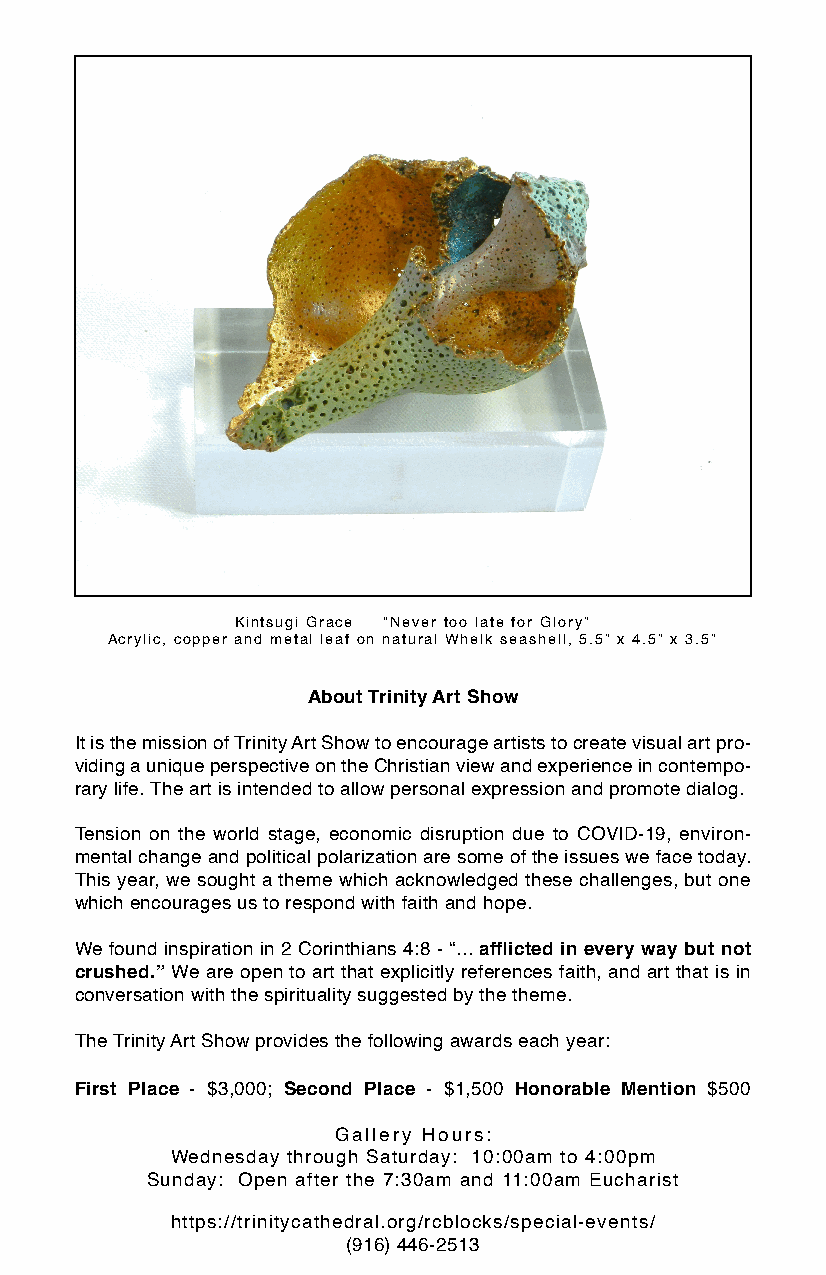
Kintsugi Grace “Never too late for Glory”
 Acrylic, copper and metal leaf on natural Whelk seashell, 5.5” x 4.5” x 3.5”
 About Trinity Art Show
 It is the mission of Trinity Art Show to encourage artists to create visual art pro-
 viding a unique perspective on the Christian view and experience in contempo-
 rary life. The art is intended to allow personal expression and promote dialog.
 Tension on the world stage, economic disruption due to COVID-19, environ-
 mental change and political polarization are some of the issues we face today.
 This year, we sought a theme which acknowledged these challenges, but one
 which encourages us to respond with faith and hope.
 We found inspiration in 2 Corinthians 4:8 - “... afflicted in every way but not
 crushed.” We are open to art that explicitly references faith, and art that is in
 conversation with the spirituality suggested by the theme.
 The Trinity Art Show provides the following awards each year:
 First Place - $3,000; Second Place - $1,500 Honorable Mention $500
 Gallery Hours:
 Wednesday through Saturday: 10:00am to 4:00pm
 Sunday: Open after the 7:30am and 11:00am Eucharist
 https://trinitycathedral.org/rcblocks/special-events/
 (916) 446-2513